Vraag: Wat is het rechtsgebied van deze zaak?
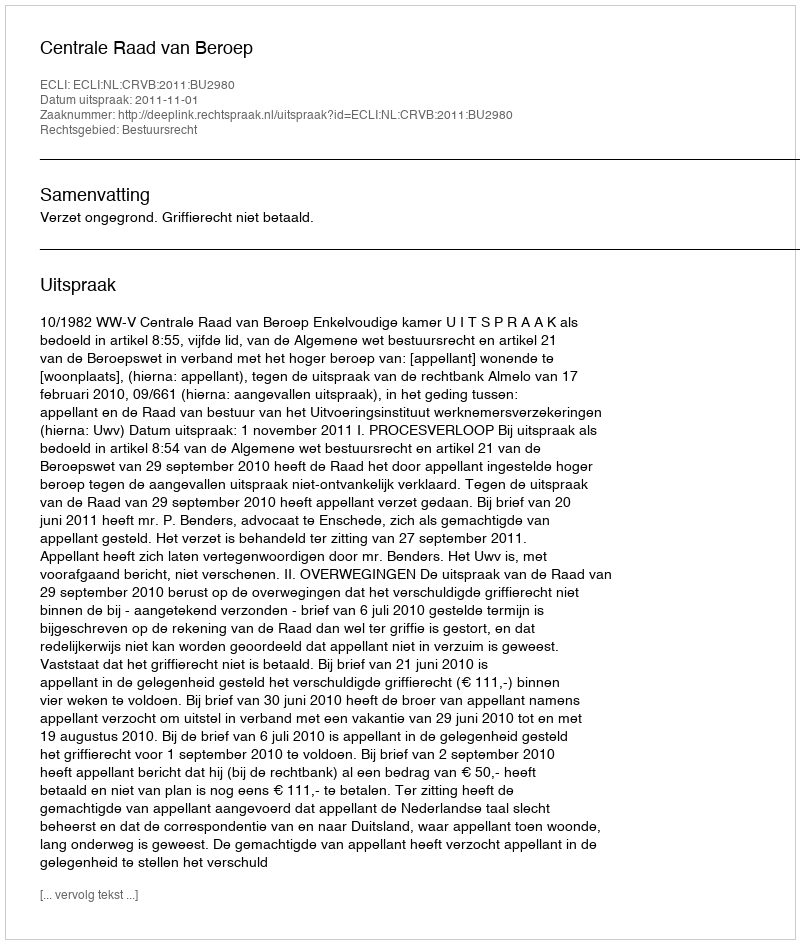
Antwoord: Bestuursrecht